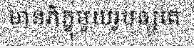
មានភិក្ខុមួយរូបឲ្យគេ